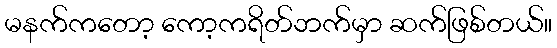
မနက်ကတော့ ကော့ကရိတ်ဘက်မှာ ဆက်ဖြစ်တယ်။